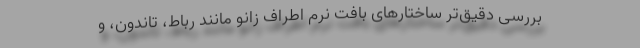
بررسی دقیق‌تر ساختارهای بافت نرم اطراف زانو مانند رباط، تاندون، و